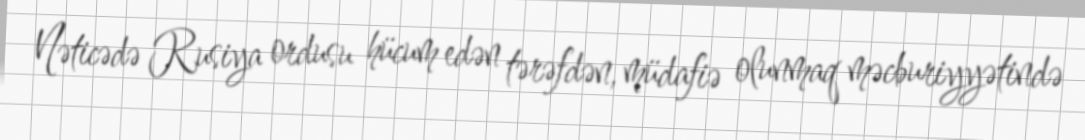
Nəticədə Rusiya ordusu hücum edən tərəfdən, müdafiə olunmaq məcburiyyətində